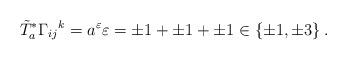
LaTeX: \begin{align*}\tilde T_a^*\Gamma_{ij}{}^k=a^\varepsilon\varepsilon=\pm1+\pm1+\pm1\in\{\pm1,\pm3\}\,.\end{align*}